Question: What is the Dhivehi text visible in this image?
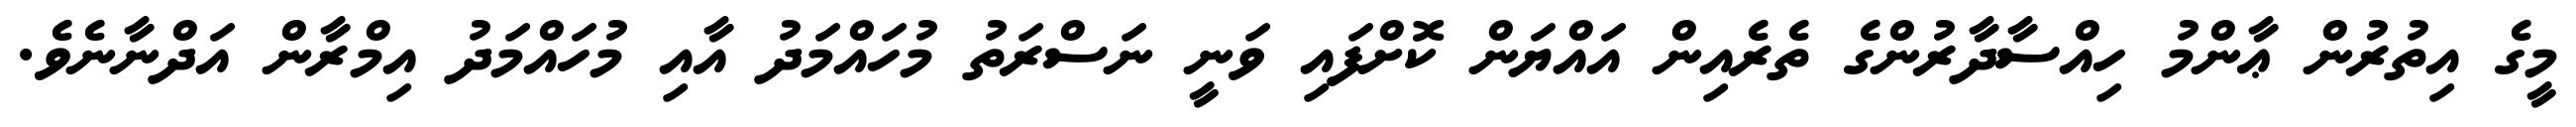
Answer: މީގެ އިތުރުން ޢާންމު ހިއްސާދާރުންގެ ތެރެއިން އައްޔަން ކޮށްފައި ވަނީ ނަސްރަތު މުހައްމަދު އާއި މުހައްމަދު އިމްރާން އަދްނާނެވެ.